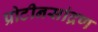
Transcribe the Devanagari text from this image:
प्रोटीनसांद्रण